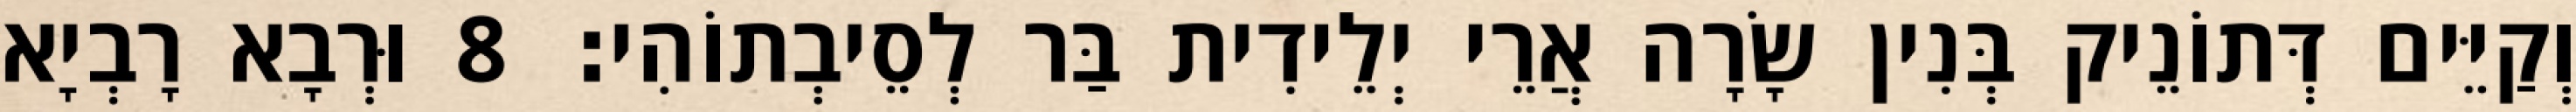
וְקַיֵּים דְּתוֹנֵיק בְּנִין שָׂרָה אֲרֵי יְלֵידִית בַּר לְסֵיבְתוֹהִי׃ 8 וּרְבָא רָבְיָא